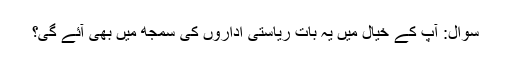
سوال: آپ کے خیال میں یہ بات ریاستی اداروں کی سمجھ میں بھی آئے گی؟